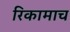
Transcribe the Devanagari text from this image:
रिकामाच